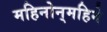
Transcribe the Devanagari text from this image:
महिनोन्‌महिने